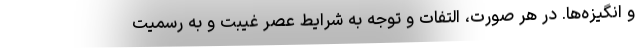
و انگیزه‌ها. در هر صورت، التفات و توجه به شرایط عصر غیبت و به رسمیت